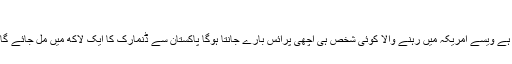
12 Jul, 2019 at 7:05 am #33
انٹرنیٹ پر اپوڈو ڈاٹ کام پر ڈالا تو ۱۰۱۲ یورو کا ریٹرن ٹکٹ ہے ویسے امریکہ میں رہنے والا کوئی شخص ہی اچھی پرائس بارے جانتا ہوگا پاکستان سے ڈنمارک کا ایک لاکھ میں مل جائے گا اور یہاں سے آگے نیویارک کا کوئی اسی ہزار روپئے کا ہوگا۔